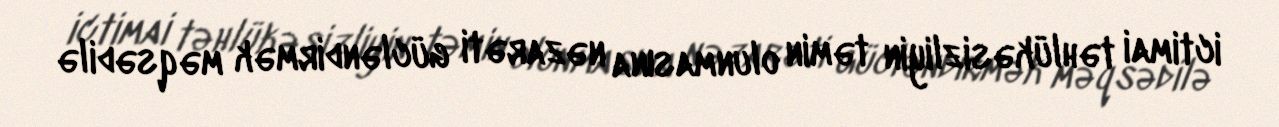
ictimai təhlükəsizliyin təmin olunmasına nəzarəti gücləndirmək məqsədilə